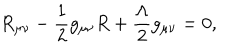
LaTeX: R _ { \mu \nu } - \frac { 1 } { 2 } g _ { \mu \nu } R + \frac { \Lambda } { 2 } g _ { \mu \nu } = 0 ,